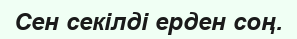
Сен секілді ерден соң.